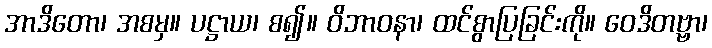
အာဒိတော၊ အစမှ။ ပဋ္ဌာယ၊ စ၍။ ဝိဘာဝနာ၊ ထင်စွာပြခြင်းကို။ ဝေဒိတဗ္ဗာ၊